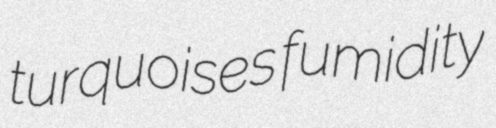
turquoises fumidity